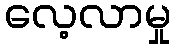
လေ့လာမှု